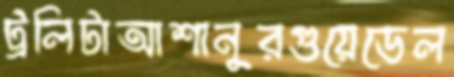
ট্রলিটাআশানুরগুয়েডেল